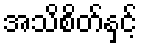
အသိစိတ်နှင့်